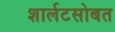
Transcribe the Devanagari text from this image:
शार्लटसोबत